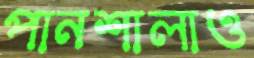
পানশালাও